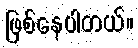
ဖြစ်နေပါတယ်။